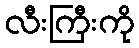
လီးကြီးကို